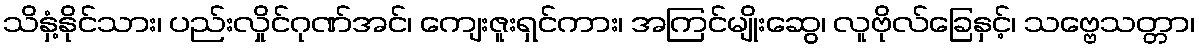
သိနှံ့နိုင်သား၊ ပည်းလှိုင်ဂုဏ်အင်၊ ကျေးဇူးရှင်ကား၊ အကြင်မျိုးဆွေ၊ လူဗိုလ်ခြေနှင့်၊ သဗ္ဗေသတ္တာ၊